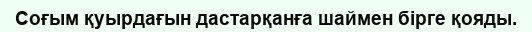
Соғым қуырдағын дастарқанға шаймен бірге қояды.